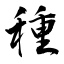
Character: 種